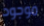
موجود